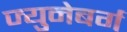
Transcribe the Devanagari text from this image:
ज्युनेबर्ग